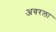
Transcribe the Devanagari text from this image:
अवरला